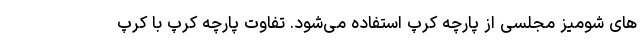
های شومیز مجلسی از پارچه کرپ استفاده می‌شود. تفاوت پارچه کرپ با کرپ